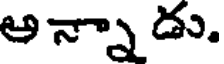
అన్నాడు.